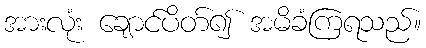
အားလုံး ချောင်ပိတ်၍ အမိခံကြရသည်။